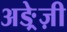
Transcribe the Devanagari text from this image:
अङ्रेज़ी